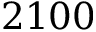
2 1 0 0